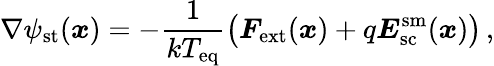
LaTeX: \nabla\psi_{\mathrm{st}}(\boldsymbol{x})=-\frac{1}{kT_{\mathrm{eq}}}\left(\vphantom{F^{x^{x}}}\boldsymbol{F}_{\mathrm{ext}}(\boldsymbol{x})+q\boldsymbol{E}_{\mathrm{sc}}^{\mathrm{sm}}(\boldsymbol{x})\right)\, ,